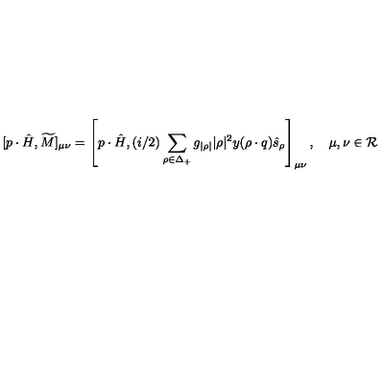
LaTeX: [ p \cdot \hat { H } , \widetilde { M } ] _ { \mu \nu } = \left[ p \cdot \hat { H } , { ( i / 2 ) } \sum _ { \rho \in \Delta _ { + } } g _ { | \rho | } { | \rho | ^ { 2 } } y ( \rho \cdot q ) \hat { s } _ { \rho } \right] _ { \mu \nu } , \quad \mu , \nu \in { \cal R }